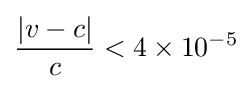
{\frac {|v-c|}{c}}<4\times 10^{-5}